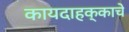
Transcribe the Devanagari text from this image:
कायदाहक्काचे